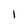
Character: l